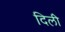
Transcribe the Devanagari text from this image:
दिलीे